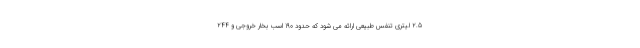
2.5 لیتری تنفس طبیعی ارائه می شود که حدود 190 اسب بخار خروجی و 244